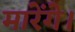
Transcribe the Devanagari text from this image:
मारेंगे।